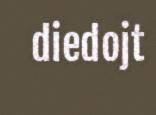
diedojt